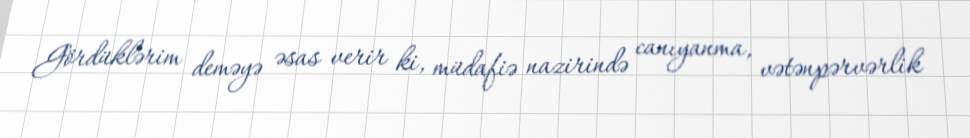
Gördüklərim deməyə əsas verir ki, müdafiə nazirində canıyanma, vətənpərvərlik